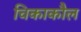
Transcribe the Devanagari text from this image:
चिकाकौल